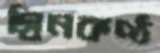
গ্রিনকণ্ঠ